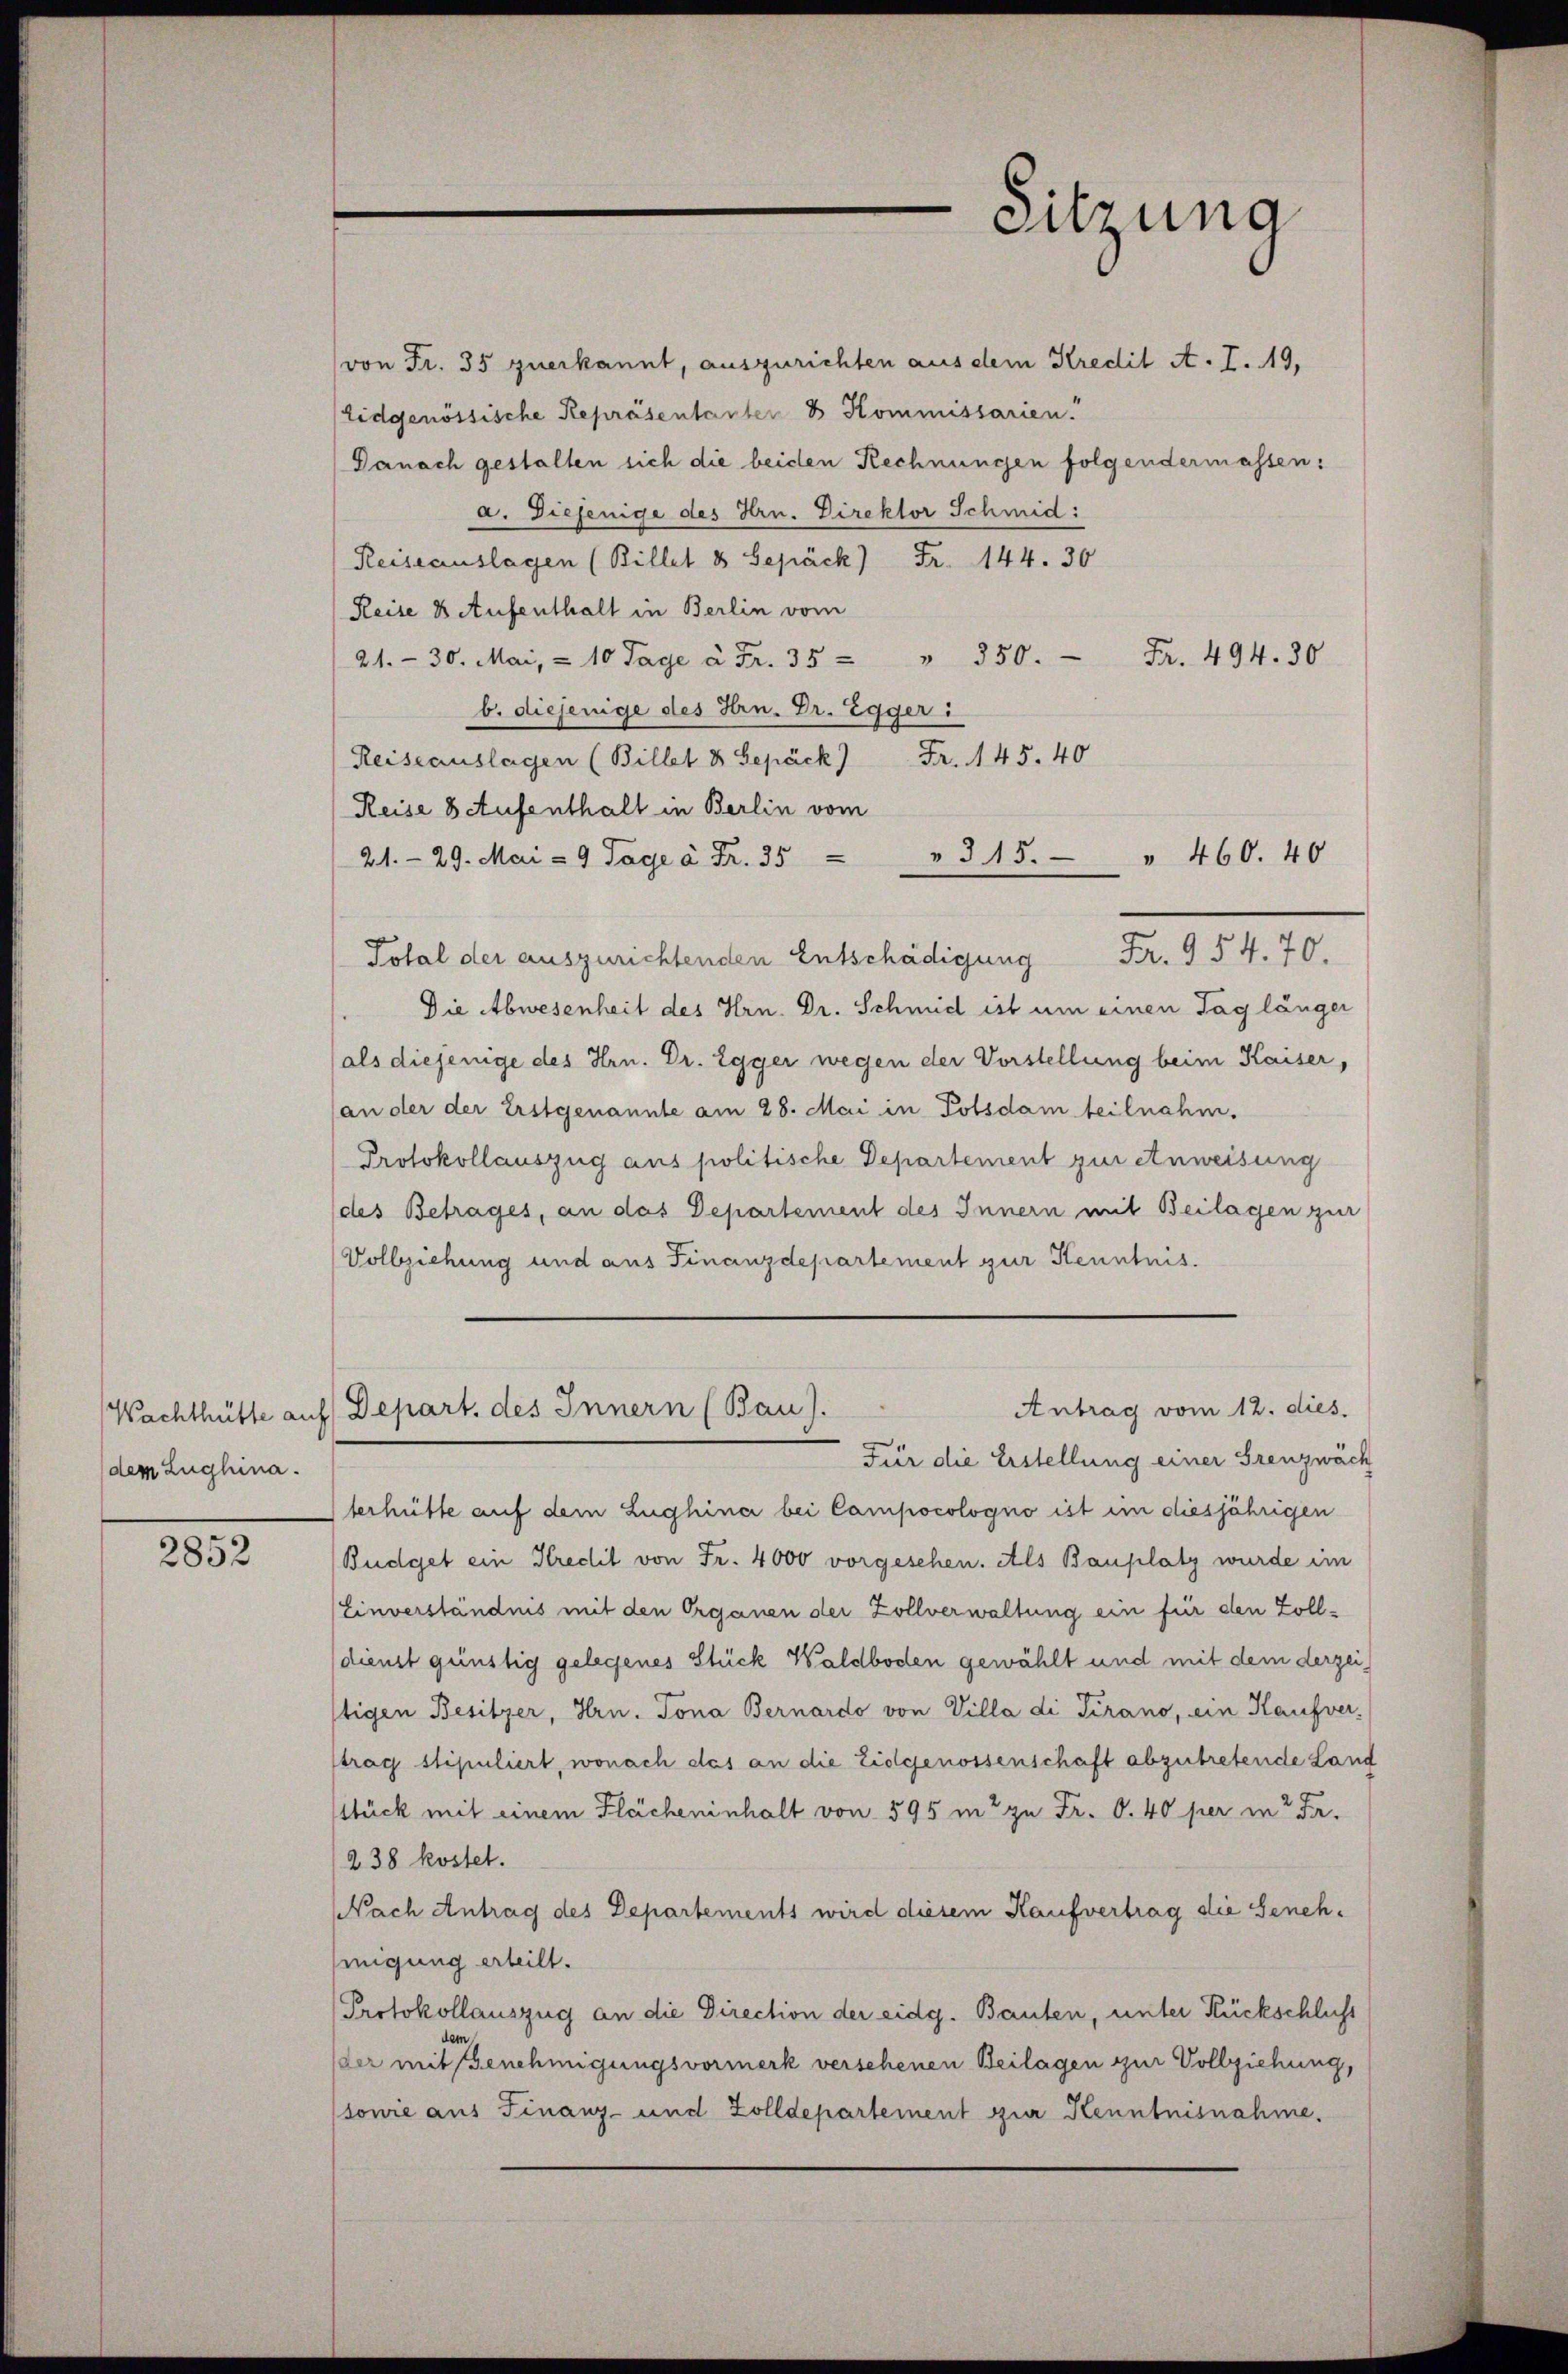
dem Zughina.

2852

von Fr. 35 zuerkannt, auszurichten aus dem Kredit A. I. 19,
Eidgenössische Repräsentanten & Kommissarien.
Danach gestalten sich die beiden Rechnungen folgendermassen:
a. Diejenige des Hrn. Direktor Schmid:
Reiseauslagen (Billet 8 Gepäck) Fr. 144. 30
Reise 8 Aufenthalt in Berlin vom
21.- 30. Mai, & 10 Tage à Fr. 35 " " 350.  Fr. 494. 30
b. diejenige des Hrn. Dr. Egger:
Reiseauslagen (Billet u. Gepäck) Fr. 145. 40
Reise 8 Aufenthalt in Berlin vom
21. 29. Mai - 9 Tage à Fr. 35
" 315. " 460. 40
Total der auszurichtenden Entschädigung Fr. 954. 70.
Die Abwesenheit des Hrn. Dr. Schmid ist um einen Tag länger
(als diejenige des Hrn. Dr. Egger wegen der Vorstellung beim Kaiser,
an der der Erstgenannte am 28. Mai in Potsdam teilnahm.
Protokollauszug aus politische Departement zur Anweisung
(des Betrages, an das Departement des Innern mit Beilagen zur
Vollziehung und aus Finanzdepartement zur Kenntnis.
Antrag vom 12. dies
Wachthütte auf Depart. des Innern (Bau).
Für die Erstellung einer Grenznäch
terhütte auf dem Zughina bei Campocologno ist im diesjährigen
Budget ein Kredit von Fr. 4000 vorgesehen. Als Bauplatz wurde im
Einverständnis mit den Organen der Zollverwaltung ein für den Zoll-
dienst günstig gelegenes Stück Waldboden gewählt und mit dem derzeitigen Besitzer, Hrn. Tona Bernardo von Villa di Pirano, ein Kaufver-
trag stipuliert, wonach das an die Eidgenossenschaft abzutretende Land
stück mit einem Flächeninhalt von 595 mt zu Fr. O. 40 per in Fa¬
238 kostet.
Nach Antrag des Departements wird diesem Kaufvertrag die Genehmigung erteilt.
Protokollauszug an die Direction der eidg. Bauten, unter Rückschluss
der mit Genehmigungsvormerk versehenen Beilagen zur Vollziehung,
sowie aus Finanz- und Zolldepartement zur Kenntnisnahme.

Sitzung